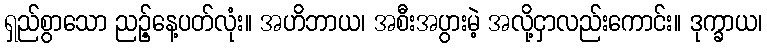
ရှည်စွာသော ညဉ့်နေ့ပတ်လုံး။ အဟိဘာယ၊ အစီးအပွားမဲ့ အလို့ငှာလည်းကောင်း။ ဒုက္ခာယ၊